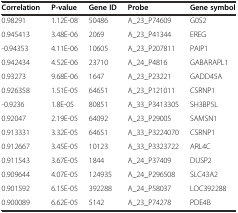
<table><thead><tr><td><b>Correlation</b></td><td><b>P-value</b></td><td><b>Gene ID</b></td><td><b>Probe</b></td><td><b>Gene symbol</b></td></tr></thead><tbody><tr><td>0.98291</td><td>1.12E-08</td><td>50486</td><td>A_23_P74609</td><td>G0S2</td></tr><tr><td>0.945413</td><td>3.48E-06</td><td>2069</td><td>A_23_P41344</td><td>EREG</td></tr><tr><td>-0.94353</td><td>4.11E-06</td><td>10605</td><td>A_23_P207811</td><td>PAIP1</td></tr><tr><td>0.942434</td><td>4.52E-06</td><td>23710</td><td>A_24_P4816</td><td>GABARAPL1</td></tr><tr><td>0.93273</td><td>9.68E-06</td><td>1647</td><td>A_23_P23221</td><td>GADD45A</td></tr><tr><td>0.926358</td><td>1.51E-05</td><td>64651</td><td>A_23_P121011</td><td>CSRNP1</td></tr><tr><td>-0.9236</td><td>1.8E-05</td><td>80851</td><td>A_33_P3413305</td><td>SH3BP5L</td></tr><tr><td>0.92047</td><td>2.19E-05</td><td>64092</td><td>A_23_P29005</td><td>SAMSN1</td></tr><tr><td>0.913331</td><td>3.32E-05</td><td>64651</td><td>A_33_P3224070</td><td>CSRNP1</td></tr><tr><td>0.912667</td><td>3.45E-05</td><td>10123</td><td>A_33_P3323722</td><td>ARL4C</td></tr><tr><td>0.911543</td><td>3.67E-05</td><td>1844</td><td>A_24_P37409</td><td>DUSP2</td></tr><tr><td>0.909644</td><td>4.07E-05</td><td>124935</td><td>A_24_P296508</td><td>SLC43A2</td></tr><tr><td>0.901592</td><td>6.15E-05</td><td>392288</td><td>A_24_P58037</td><td>LOC392288</td></tr><tr><td>0.900089</td><td>6.62E-05</td><td>5142</td><td>A_23_P74278</td><td>PDE4B</td></tr></tbody></table>